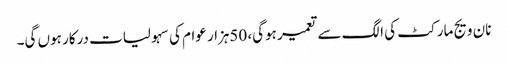
نان ویج مارکٹ کی الگ سے تعمیر ہوگی، 50ہزار عوام کی سہولیات درکار ہوں گی۔